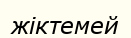
жіктемей